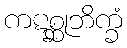
ကဋစ္ဆုဘိက္ခံ